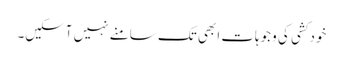
خودکشی کی وجوہات ابھی تک سامنے نہیں آسکیں۔